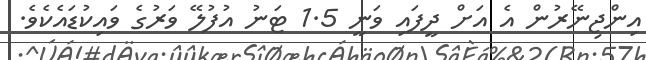
އިންޖިނޭރުން އެ އަށް ދީފައި ވަނީ 1.5 ޓަނު އުފުލޭ ވަރުގެ ވައިކުޑައެކެވެ.